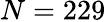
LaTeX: N=229